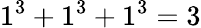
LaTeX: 1^{3}+1^{3}+1^{3}=3